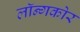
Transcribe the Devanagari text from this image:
लॉन्गकोर